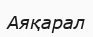
Аяқарал